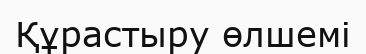
Құрастыру өлшемі